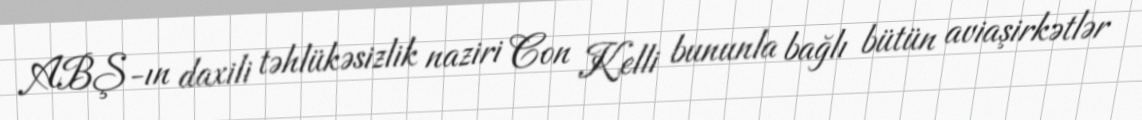
ABŞ-ın daxili təhlükəsizlik naziri Con Kelli bununla bağlı bütün aviaşirkətlər